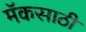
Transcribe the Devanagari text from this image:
मॅकसाठी